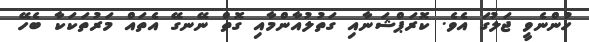
ހުންނެވީ ޖަލުގަ އެވެ. ކޮރަޕްޝަނާއި ގަތުލުއާންމާއި ގޮތް ނޭނގޭ އެތައް މަރުތަކަކާ ބެހޭ